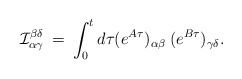
\begin{align*}{\cal I}^{\beta\delta}_{\alpha\gamma} \:=\:\int^{t}_{0} d\tau (e^{A\tau})_{\alpha\beta}\:(e^{B\tau})_{\gamma\delta}.\end{align*}